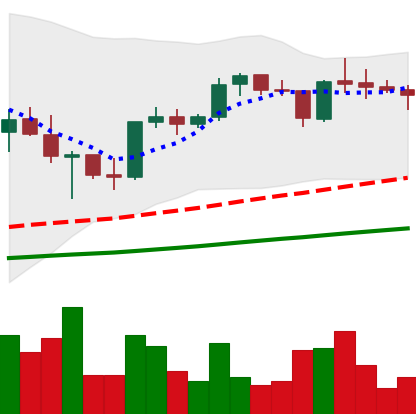
Ticker: XRP-USD
Chart end date: 2021-05-09
Forward return: -8.622%
Label: down_7plus